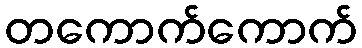
တကောက်ကောက်